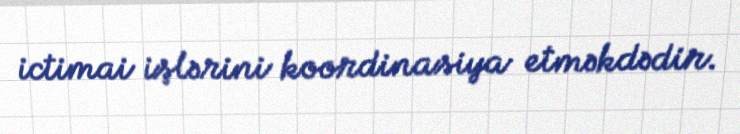
ictimai işlərini koordinasiya etməkdədir.